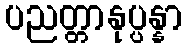
ပညတ္တာနုပ္ပန္နာ